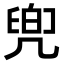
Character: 𠙧